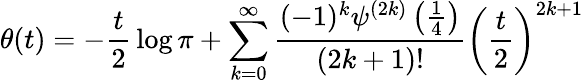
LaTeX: \theta(t)=-{\frac{t}{2}}\log\pi+\sum_{k=0}^{\infty}{\frac{(-1)^{k}\psi^{(2k)}\left({\frac{1}{4}}\right)}{(2k+1)!}}\left({\frac{t}{2}}\right)^{2k+1}